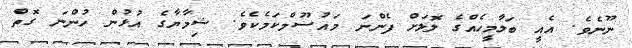
ނޫނެވެ. އެއީ ބަލާމީހެއްގެ ލޮލަށް ފެންނަ މައުސޫމްކަމެކެވެ. ޝިމާޔާގެ އުޅުން ހުންނަ ގޮތް